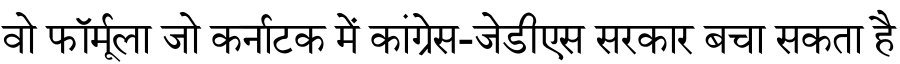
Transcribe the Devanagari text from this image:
वो फॉर्मूला जो कर्नाटक में कांग्रेस-जेडीएस सरकार बचा सकता है